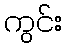
ကွင်း